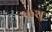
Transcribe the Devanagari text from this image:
कशु